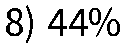
8) 44%